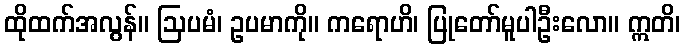
ထိုထက်အလွန်။ ဩပမံ၊ ဥပမာကို။ ကရောဟိ၊ ပြုတော်မူပါဦးလော။ ဣတိ၊